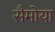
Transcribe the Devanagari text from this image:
सैमोया